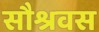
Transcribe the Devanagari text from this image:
सौश्रवस